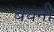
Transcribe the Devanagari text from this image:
बयनी